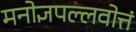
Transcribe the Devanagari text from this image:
मनोज्ञपल्लवोत्तं